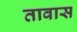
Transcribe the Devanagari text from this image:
तावास